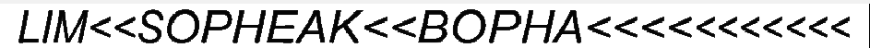
LIM<<SOPHEAK<<BOPHA<<<<<<<<<<<